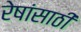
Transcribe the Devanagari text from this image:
रेषांसाठी